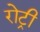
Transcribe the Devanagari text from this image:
रोट्री